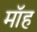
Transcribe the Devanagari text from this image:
मॉह